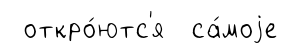
откро́ютс'я са́моjе